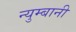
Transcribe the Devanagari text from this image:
न्युम्बानी